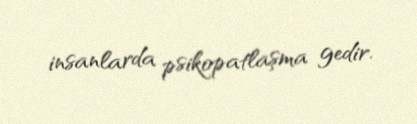
insanlarda psikopatlaşma gedir.